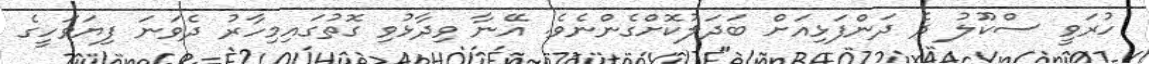
ހުރަވީ ސްކޫލު ދެ ދަންފަޅިއަށް ބަދަލުކޮށްގެންނެވެ. އޭނާ ވިދާޅުވި ގޮތުގައިމިހާރު ދެވަނަ ފިޔަވަހީގެ